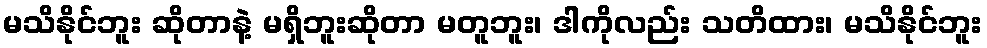
မသိနိုင်ဘူး ဆိုတာနဲ့ မရှိဘူးဆိုတာ မတူဘူး၊ ဒါကိုလည်း သတိထား၊ မသိနိုင်ဘူး